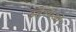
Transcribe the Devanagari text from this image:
उद्देश्यओ